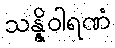
သန္နိဝါရဏံ